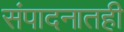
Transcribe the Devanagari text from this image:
संपादनातही